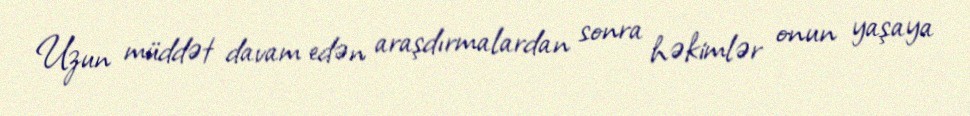
Uzun müddət davam edən araşdırmalardan sonra həkimlər onun yaşaya